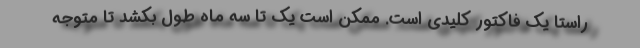
راستا یک فاکتور کلیدی است. ممکن است یک تا سه ماه طول بکشد تا متوجه